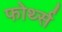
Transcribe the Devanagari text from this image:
फोर्थ्स